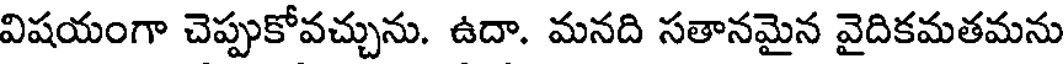
విషయంగా చెప్పుకోవచ్చును. ఉదా. మనది సతానమైన వైదికమతమను